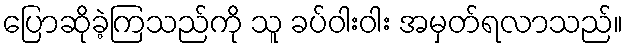
ပြောဆိုခဲ့ကြသည်ကို သူ ခပ်ဝါးဝါး အမှတ်ရလာသည်။